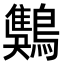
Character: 𪄾